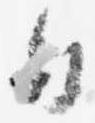
日